Scottish Leaving Certificate Examination, 1959
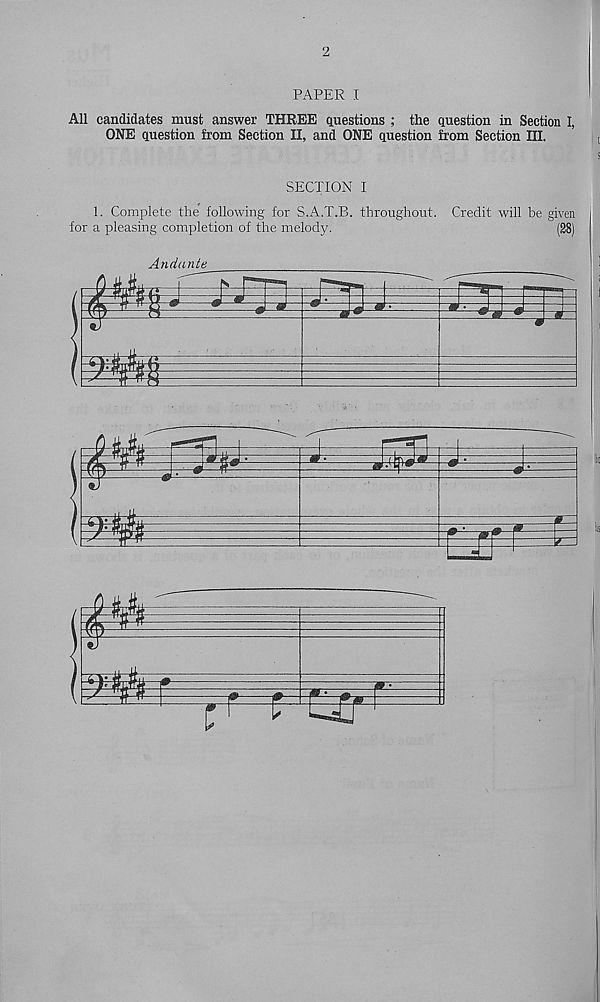
2
PAPER I
All candidates must answer THREE questions ; the question in Section I,
ONE question from Section II, and ONE question from Section III.
SECTION I
1. Complete the following for S.A.T.B. throughout. Credit will be given
for a pleasing completion of the melody.
(28)
Andante
P
IT